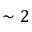
\sim 2